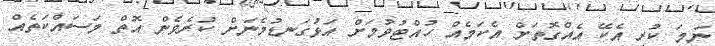
ނަމަ ކުރި އެކޭ އެއްގޮތަށް އެކަމެއް ހުއްޓުވުމަށް އަޅުގަނޑުމެނަށް ކުރެވެން އޮތް މަސައްކަތެއް